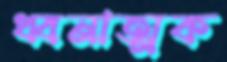
ধ্বনাত্মক